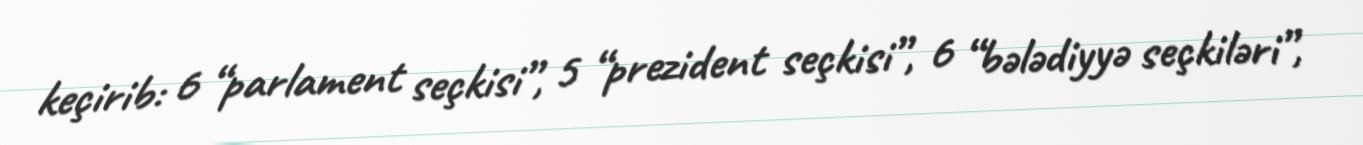
keçirib: 6 “parlament seçkisi”, 5 “prezident seçkisi”, 6 “bələdiyyə seçkiləri”,